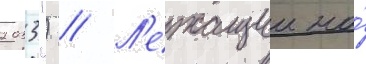
2033") // Л'ежащии на́